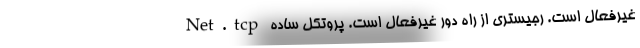
Net.tcp غیرفعال است. رجیستری از راه دور غیرفعال است. پروتکل ساده